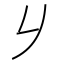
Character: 𠂈